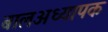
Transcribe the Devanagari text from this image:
बालअध्यापक